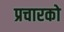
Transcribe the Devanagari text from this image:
प्रचारको